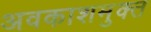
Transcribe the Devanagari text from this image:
अवकाशमुक्त